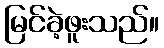
မြင်ခဲ့ဖူးသည်။